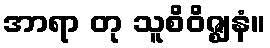
အာရာ တု သူစိဝိဇ္ဈနံ။